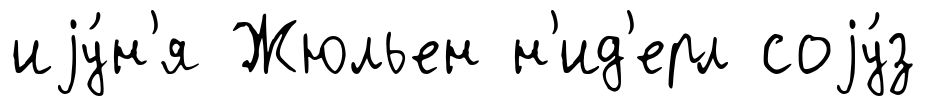
иjу́н'я Жюльен н'ид'ерл соjу́з